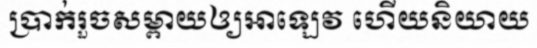
ប្រាក់រួចសម្ពាយឲ្យអាឡេវ ហើយនិយាយ